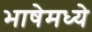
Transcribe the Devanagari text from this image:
भाषेमध्‍ये